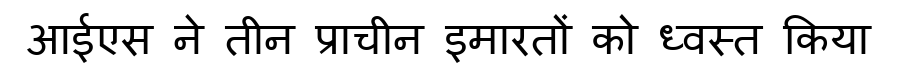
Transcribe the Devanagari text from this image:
आईएस ने तीन प्राचीन इमारतों को ध्वस्त किया